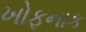
ખોફનાક